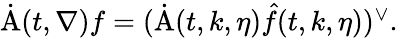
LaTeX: \begin{array}{r}{\dot{\mathrm{A}}(t,\nabla)f=(\dot{\mathrm{A}}(t,k,\eta)\hat{f}(t,k,\eta))^{\vee}.}\end{array}